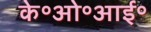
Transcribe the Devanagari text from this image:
के॰ओ॰आई॰